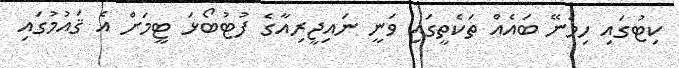
ކިޓުގައި ހިމެނޭ ބައެއް ތަކެތީގައި ވަނީ ނައިޖީރިއާގެ ފުޓުބޯޅަ ޓީމަށް އެ ޤައުމުގައި